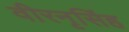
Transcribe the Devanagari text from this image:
वीरनृसिंह